[Report on the health of British troops in the Madras command]
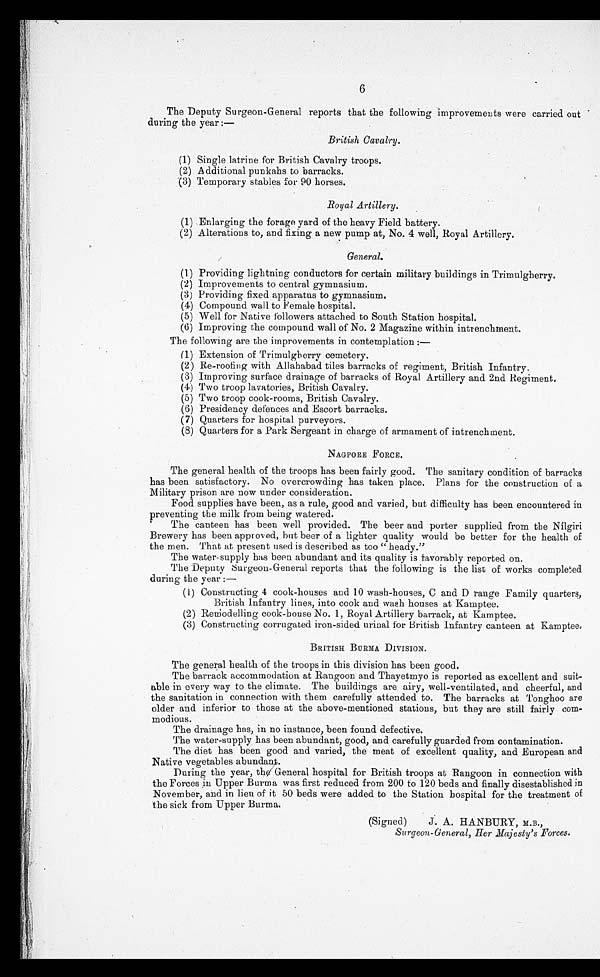
6
The Deputy Surgeon-General reports that the following improvements were carried out
during the year:—
British Cavalry.
(1) Single latrine for British Cavalry troops.
(2) Additional punkahs to barracks.
(3) Temporary stables for 90 horses.
Royal Artillery.
(1) Enlarging the forage yard of the heavy Field battery.
(2) Alterations to, and fixing a new pump at, No. 4 well, Royal Artillery.
General.
(1) Providing lightning conductors for certain military buildings in Trimulgherry.
(2) Improvements to central gymnasium.
(3) Providing fixed apparatus to gymnasium.
(4) Compound wall to Female hospital.
(5) Well for Native followers attached to South Station hospital.
(6) Improving the compound wall of No. 2 Magazine within intrenchment.
The following are the improvements in contemplation:
—
(1) Extension of Trimulgberry cemetery.
(2) Re-roofing with Allahabad tiles barracks of regiment, British Infantry.
(3) Improving surface drainage of barracks of Royal Artillery and 2nd Regiment.
(4) Two troop lavatories, British Cavalry.
(5) Two troop cook-rooms, British Cavalry.
(6) Presidency defences and Escort barracks.
(7) Quarters for hospital purveyors.
(8) Quarters for a Park Sergeant in charge of armament of intrenchment.
NAGPORE FORCE.
The general health of the troops has been fairly good. The sanitary condition of barracks
has been satisfactory. No overcrowding has taken place. Plans for the construction of a
Military prison are now under consideration.
Food supplies have been, as a rule, good and varied, but difficulty has been encountered in
preventing the milk from being watered.
The canteen has been well provided. The beer and porter supplied from the Nilgiri
Brewery has been approved, hut beer of a lighter quality would be better for the health of
the men. That at present used is described as too "heady."
The water-supply has been abundant and its quality is favorably reported on.
The Deputy surgeon-General reports that the following is the list of works completed
during the year:
—
(1) Constructing 4 cook-houses and 10 wash-houses, C and D range Family quarters,
British Infantry lines, into cook and wash houses at Kamptee.
(2) Remodelling cook-house No. 1, Royal Artillery barrack, at Kamptee.
(3) Constructing corrugated iron-sided urinal for British Infantry canteen at Kamptee.
BRITISH BURMA DIVISION.
The general health of the troops in this division has been good.
The barrack accommodation at Rangoon and Thayetmyo is reported as excellent and suit
- a b l e i n e v e r y w a y t o t h e c l i m a t e . T h e b u i l d i n g s a r e a i r y , w e l l - v e n t i l a t e d , a n d c h e e r f u l , a n d
the sanitation in connection with them carefully attended to. The barracks at Tonghoo are
older and inferior to those at the above-mentioned stations, but they are still fairly co
m -
modious.
The drainage has, in no instance, been found defective.
The water-supply has been abundant, good, and carefully guarded from contamination.
The diet has been good and varied, the meat of excellent quality, and European and
Native vegetables abundant.
During the year, the General hospital for British troops at Rangoon in connection with
the Forces in Upper Burma was first reduced from 200 to 120 beds and finally disestablished in
November, and in lieu of it 50 beds were added to the Station hospital for the treatment of
the sick from Upper Burma.
(Signed) J. A. HANBURY, M.B.,
Surgeon-General, Her Majesty's Forces.